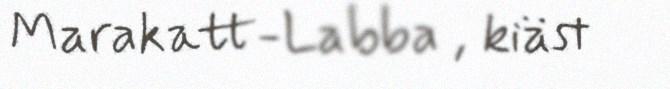
Marakatt-Labba , kiäst